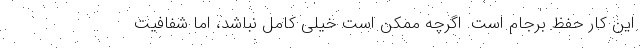
این کار حفظ برجام است. اگرچه ممکن است خیلی کامل نباشد، اما شفافیت